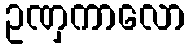
ဥဏှကာလော